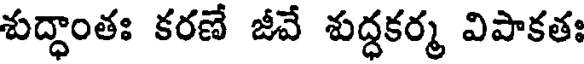
శుద్ధాంతః కరణే జీవే శుద్ధకర్మ విపాకతః